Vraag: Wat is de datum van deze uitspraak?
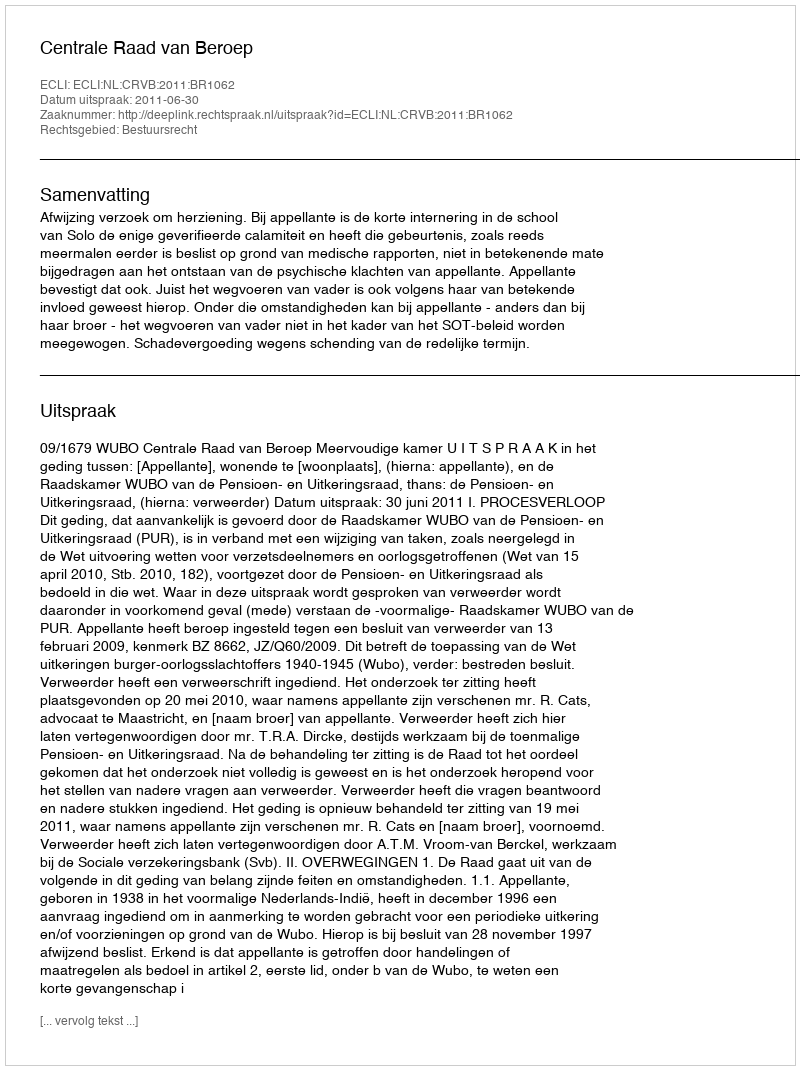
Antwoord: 2011-06-30